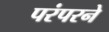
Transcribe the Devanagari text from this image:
परंपरने